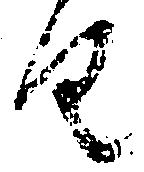
由